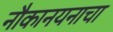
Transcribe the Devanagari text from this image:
नौकानयनाचा